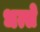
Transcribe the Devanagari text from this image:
धत्से